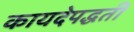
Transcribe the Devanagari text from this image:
कायदेपद्धती